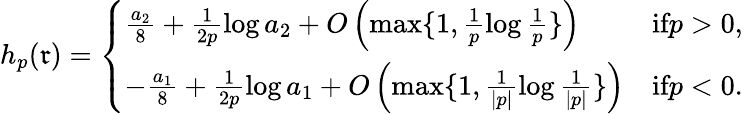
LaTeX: h_{p}(\mathfrak{r})=\left\{ \begin{array}{ll}{\frac{a_{2}}{8}+\frac{1}{2p}\log a_{2}+O\left(\operatorname*{max}\{ 1,\frac{1}{p}\log\frac{1}{p}\} \right)}&{\textrm{if}p>0,}\\ {-\frac{a_{1}}{8}+\frac{1}{2p}\log a_{1}+O\left(\operatorname*{max}\{ 1,\frac{1}{|p|}\log\frac{1}{|p|}\} \right)}&{\textrm{if}p<0.}\end{array}\right.